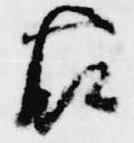
右